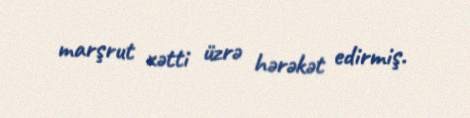
marşrut xətti üzrə hərəkət edirmiş.